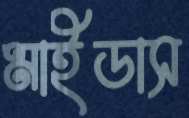
মাইডাস